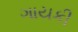
ગાયકી